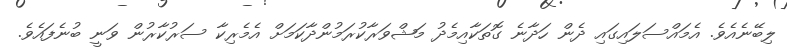
ލިބޭނެއެވެ. އެމައްސަލައިގައި ދެން ހަދާނެ ގޮތަކާއިމެދު މަޝްވަރާކުރަމުންދާކަމަށް އެމެރިކާ ސަރުކާރުން ވަނީ ބުނެފައެވެ.